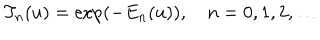
T _ { n } ( u ) = \exp ( - E _ { n } ( u ) ) , \quad n = 0 , 1 , 2 , \ldots